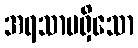
အရသာမရှိသော